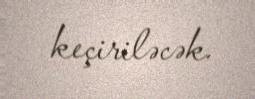
keçiriləcək.